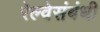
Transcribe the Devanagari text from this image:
रेल्वेसंबंधी